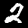
Digit: 2